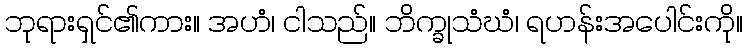
ဘုရားရှင်၏ကား။ အဟံ၊ ငါသည်။ ဘိက္ခုသံဃံ၊ ရဟန်းအပေါင်းကို။